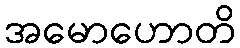
အမောဟောတိ